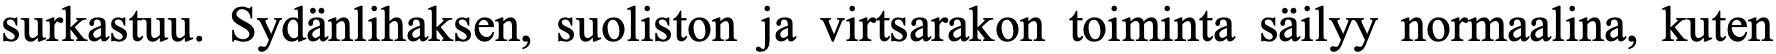
surkastuu. Sydänlihaksen, suoliston ja virtsarakon toiminta säilyy normaalina, kuten